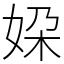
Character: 㛆